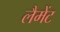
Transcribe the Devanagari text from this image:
लैमेंट